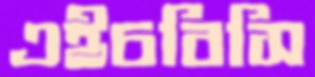
এইচবিসি